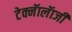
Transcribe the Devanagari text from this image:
टेक्नॅालॅाजी